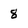
Character: 8